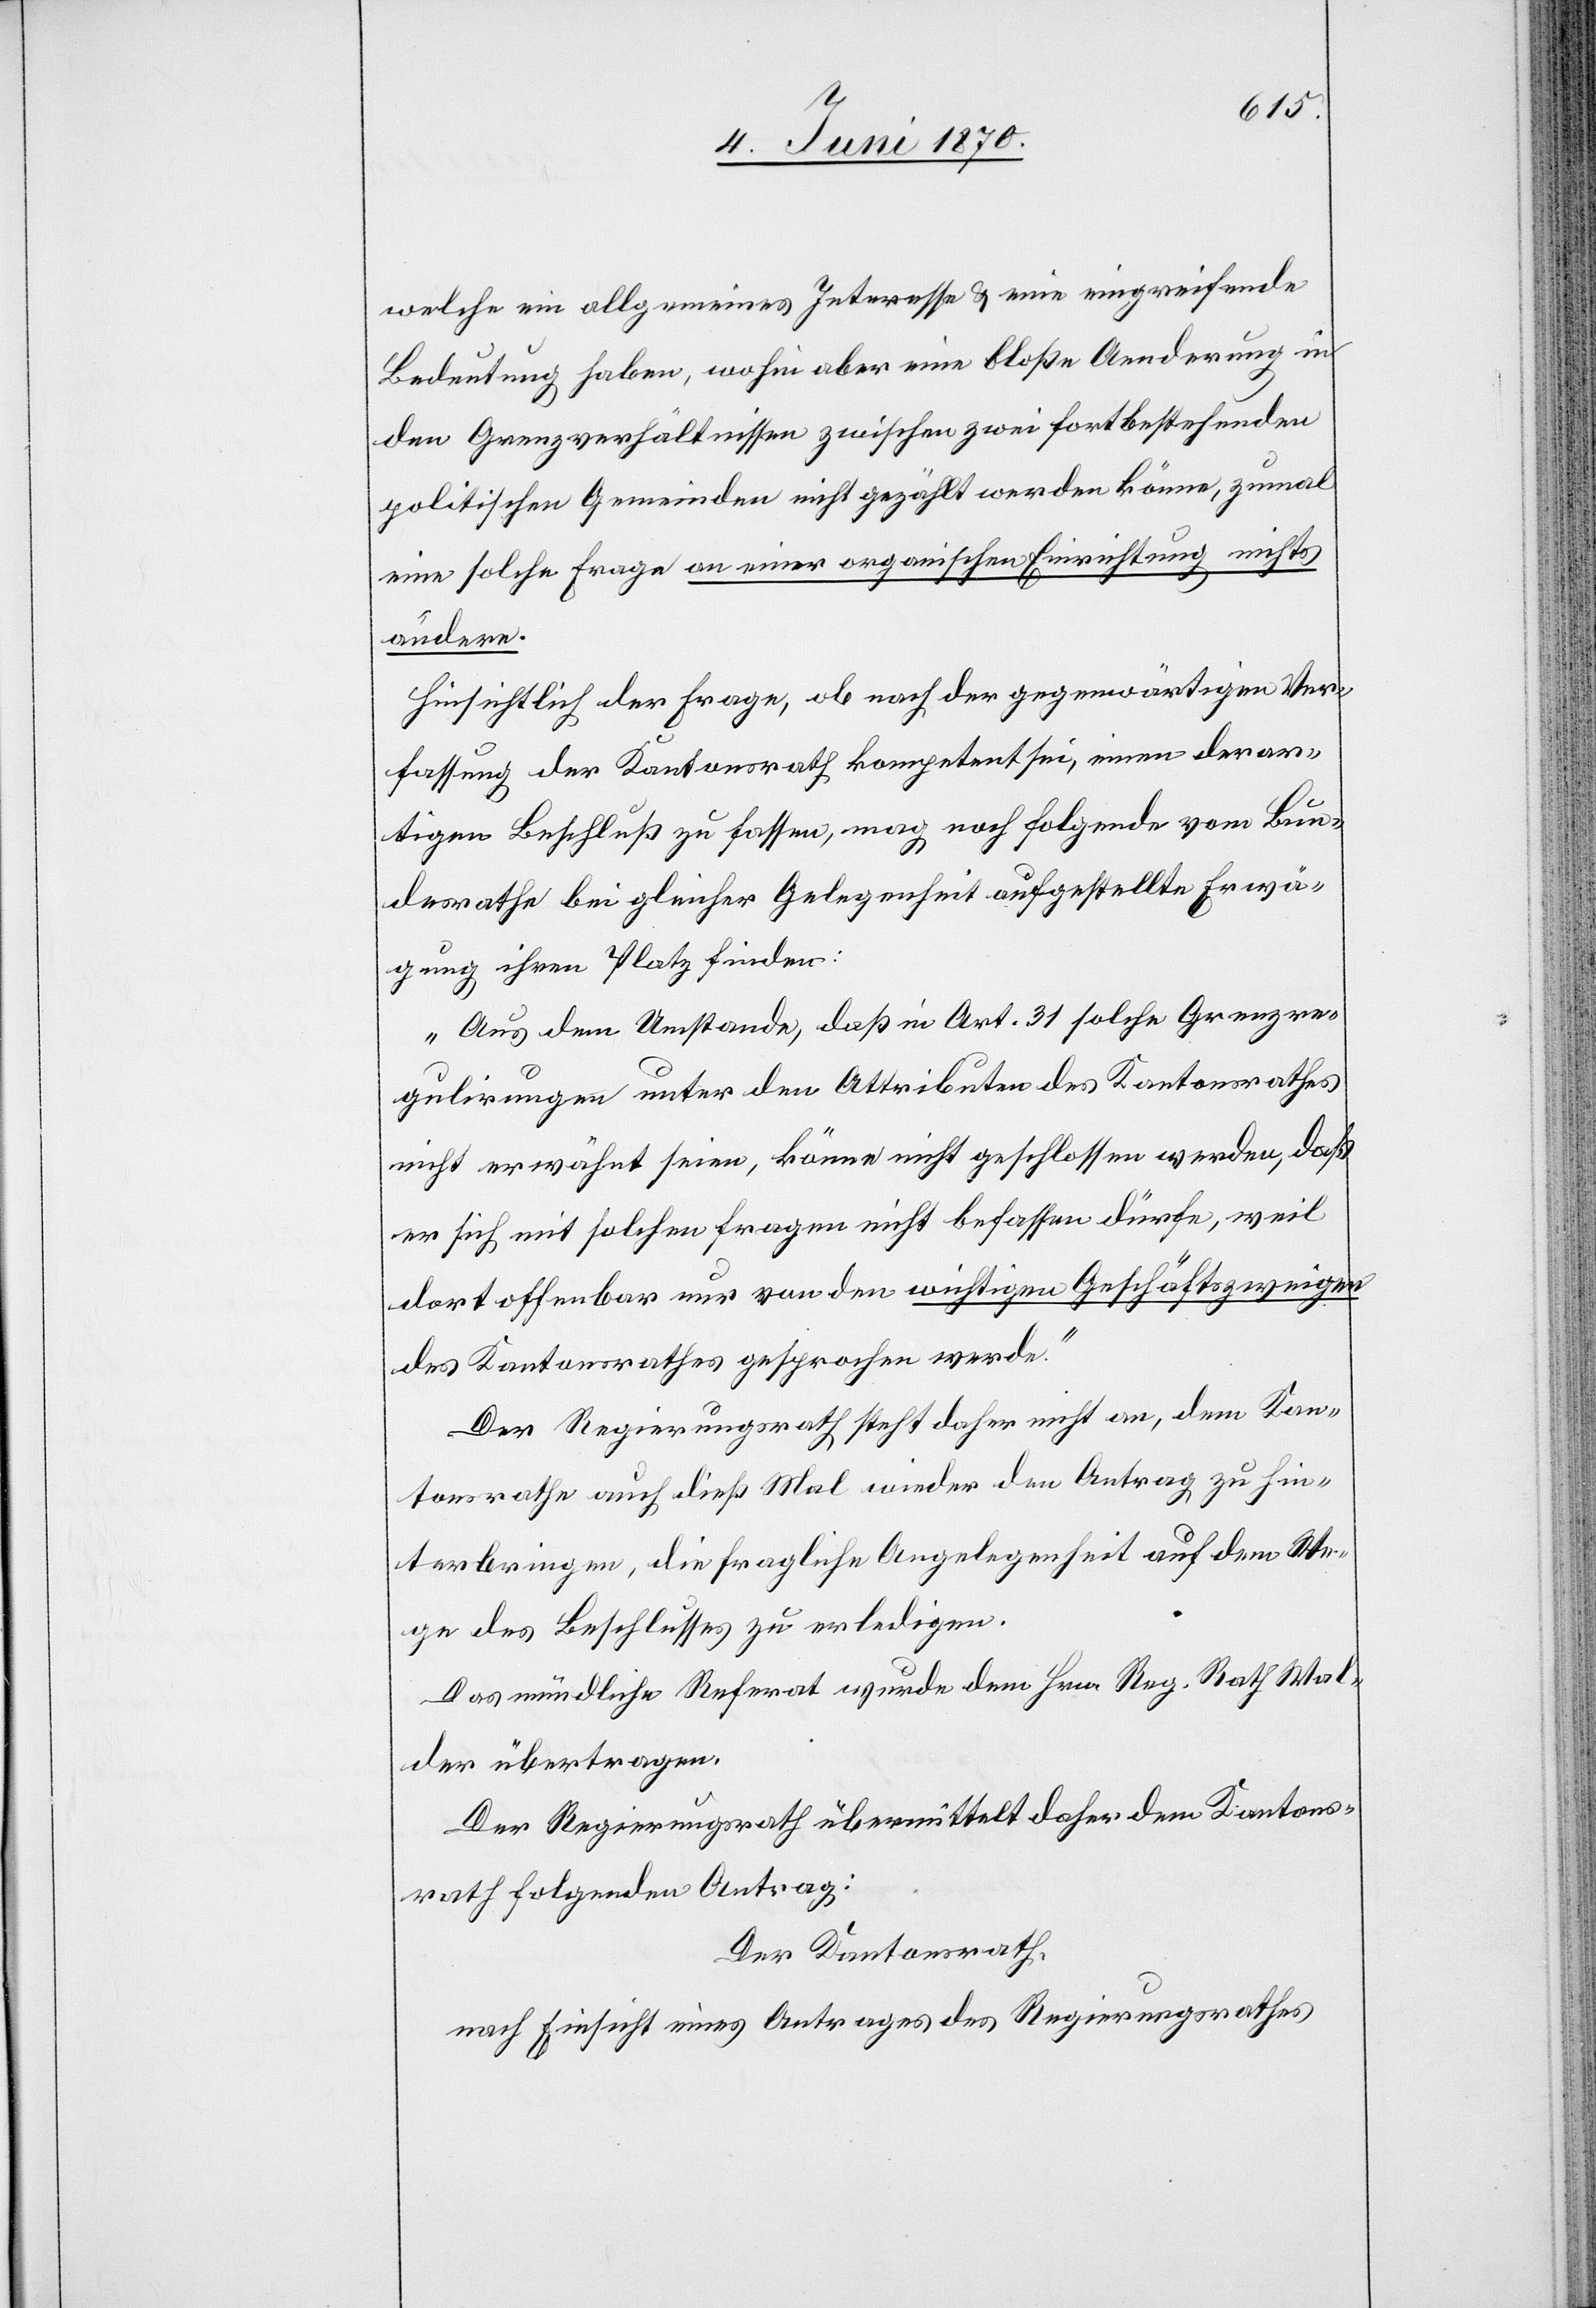
welche ein allgemeines Interesse & eine eingreifende
Bedeutung haben, wohin aber eine bloße Aenderung in
den Grenzverhältnissen zwischen zwei fortbestehenden
politischen Gemeinden nicht gezählt werden könne, zumal
eine solche Frage an einer organischen Einrichtung nichts
ändere.
Hinsichtlich der Frage, ob nach der gegenwärtigen Ver¬
fassung der Kantonsrath kompetent sei, einen derar¬
tigen Beschluß zu fassen, mag noch folgende vom Bun¬
desrathe bei gleicher Gelegenheit aufgestellte Erwä¬
gung ihren Platz finden:
„Aus dem Umstande, daß in Art. 31 solche Grenzre¬
gulirungen unter den Attributen des Kantonsrathes
nicht erwähnt seien, könne nicht geschlossen werden, daß
er sich mit solchen Fragen nicht befassen dürfe, weil
dort offenbar nur von den wichtigen Geschäftszweigen
des Kantonsrathes gesprochen werde.“
Der Regierungsrath steht daher nicht an, dem Kan¬
tonsrathe auch dieß Mal wieder den Antrag zu hin¬
terbringen, die fragliche Angelegenheit auf dem We¬
ge des Beschlusses zu erledigen.
Das mündliche Referat wurde dem Hrn. Reg. Rath Wal¬
der übertragen.
Der Regierungsrath übermittelt daher dem Kantons¬
rath folgenden Antrag:
Der Kantonsrath,
nach Einsicht eines Antrages des Regierungsrathes